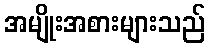
အမျိုးအစားများသည်